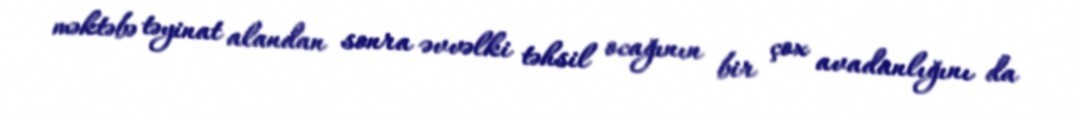
məktəbə təyinat alandan sonra əvvəlki təhsil ocağının bir çox avadanlığını da